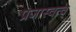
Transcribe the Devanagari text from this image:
प्रजास्वत्व